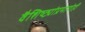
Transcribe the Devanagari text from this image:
वैशिष्ट्यांप्रमाणेही